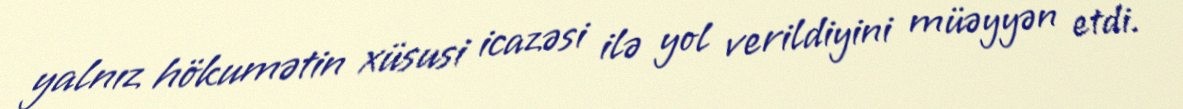
yalnız hökumətin xüsusi icazəsi ilə yol verildiyini müəyyən etdi.